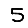
Digit: 5